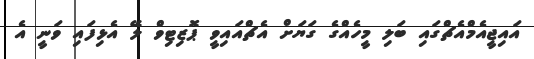
އައިޖީއެމްއެޗްގައި ބަލި މީހެއްގެ ގަޔަށް އެޗްއައިވީ ޕޮޒިޓިވް ލޭ އެޅިފައި ވަނީ އެ